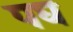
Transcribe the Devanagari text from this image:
पघ